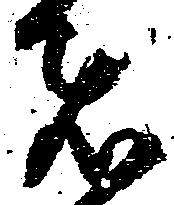
者